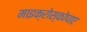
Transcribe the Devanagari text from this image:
माइक्रोस्कोपाए